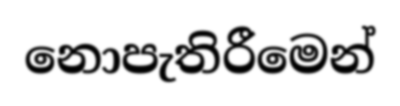
නොපැතිරීමෙන්